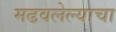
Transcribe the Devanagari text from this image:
मढवलेल्याचा